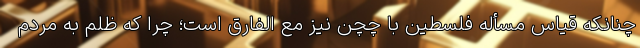
چنانکه قیاس مسأله فلسطین با چچن نیز مع الفارق است؛ چرا که ظلم به مردم